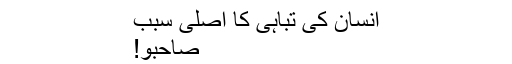
انسان کی تباہی کا اصلی سبب
صاحبو!